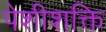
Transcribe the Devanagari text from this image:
पेशीशक्ति